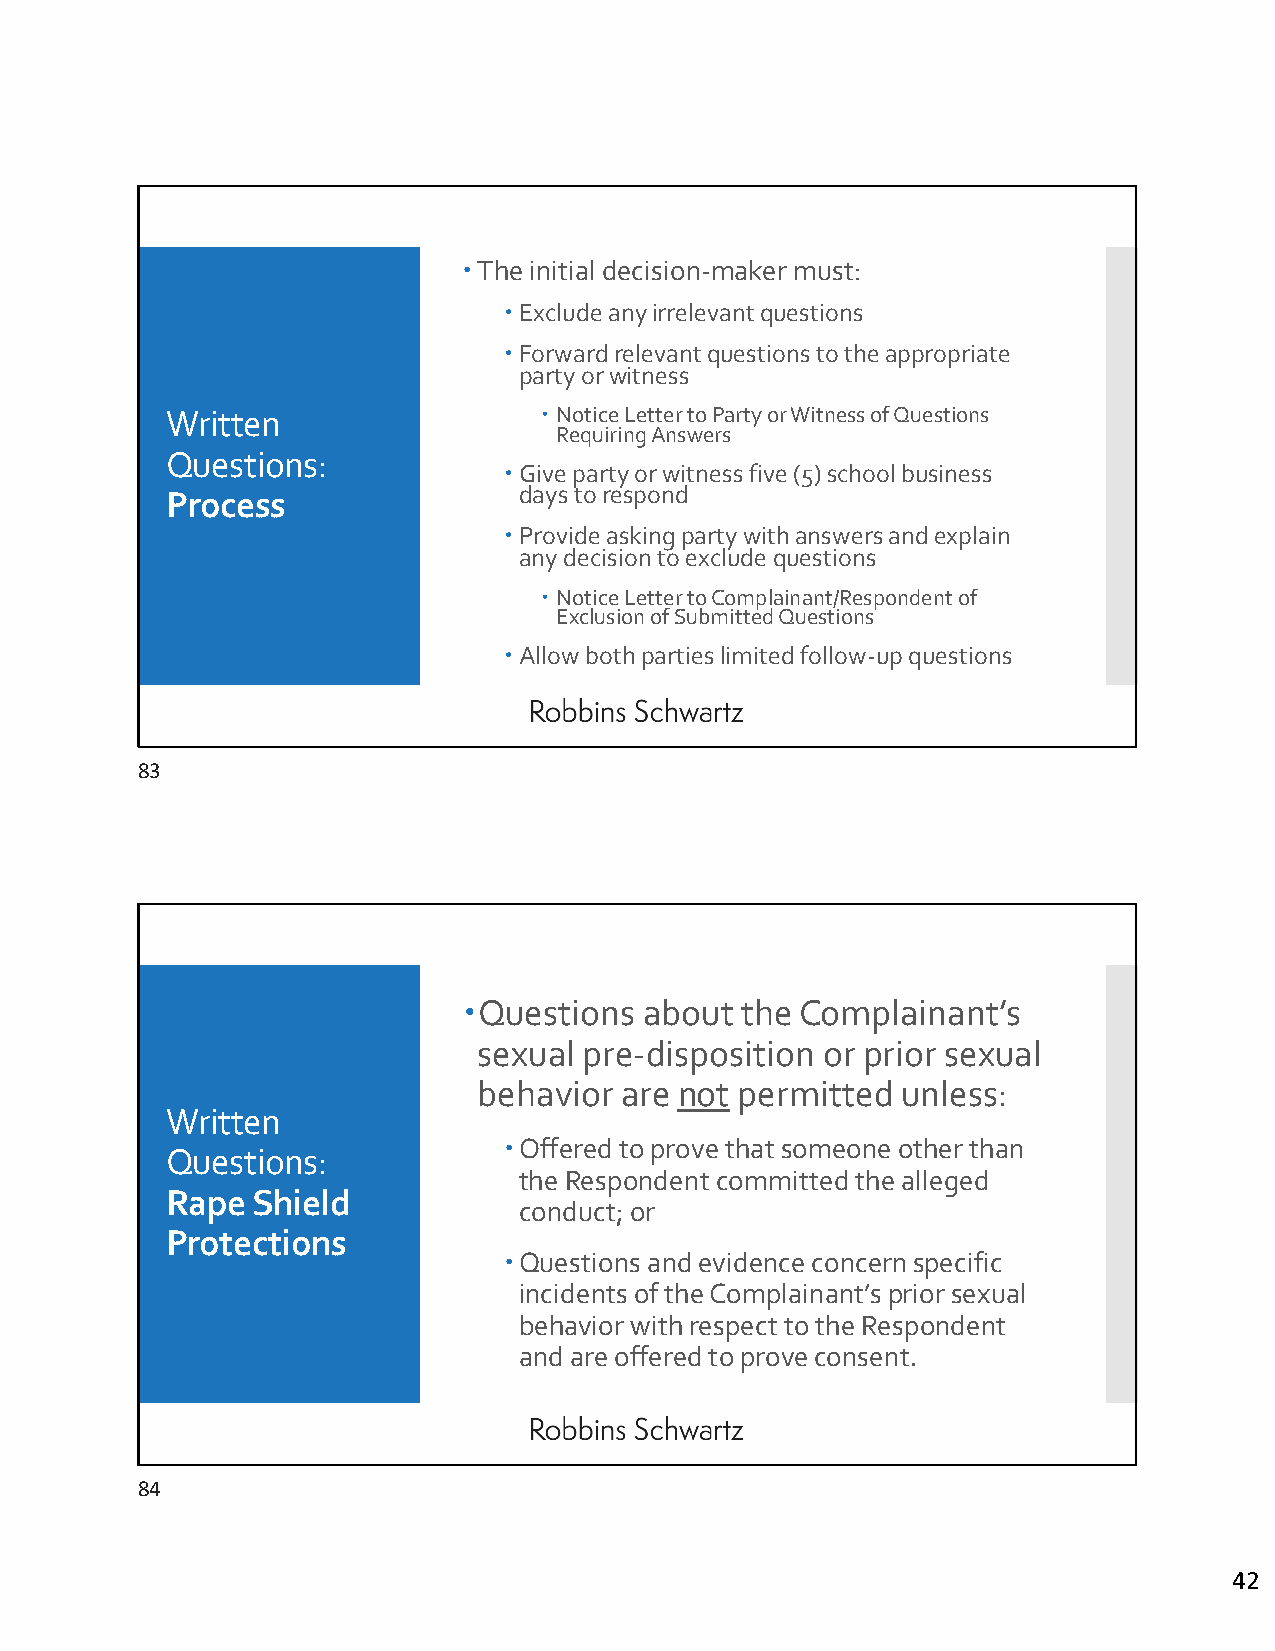
The initial decision‐maker must:
 Exclude any irrelevant questions
 Forward relevant questions to the appropriate
 party or witness
 Written                   Notice Letter to Party or Witness of Questions
 Requiring Answers
 Questions:
 Give party or witness five (5) school business
 Process                days to respond
 Provide asking party with answers and explain
 any decision to exclude questions
  Notice Letter to Complainant/Respondent of
 Exclusion of Submitted Questions
 Allow both parties limited follow‐up questions
 83
 Questions  about the Complainant’s
 sexual pre‐disposition or prior sexual
 behavior are not permitted  unless:
 Written
 Offered to prove that someone other than
 Questions:
 the Respondent committed the alleged
 Rape  Shield
 conduct; or
 Protections
 Questions and evidence concern specific
 incidents of the Complainant’s prior sexual
 behavior with respect to the Respondent
 and are offered to prove consent.
 84
 42